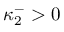
\kappa _ { 2 } ^ { - } > 0